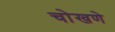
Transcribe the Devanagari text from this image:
चोखणे